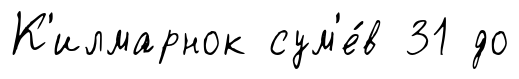
К'илмарнок сум'е́в 31 до